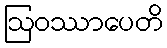
ဩဝဿာပေတိ